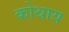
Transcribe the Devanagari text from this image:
कोथाय